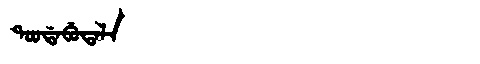
Manchu: ᡨᠣᠣᡩᠠᠪᡠᡨᠠᠯᠠ
Romanization: TOODABUTALA